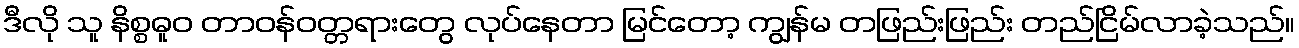
ဒီလို သူ နိစ္စဓူဝ တာဝန်ဝတ္တရားတွေ လုပ်နေတာ မြင်တော့ ကျွန်မ တဖြည်းဖြည်း တည်ငြိမ်လာခဲ့သည်။